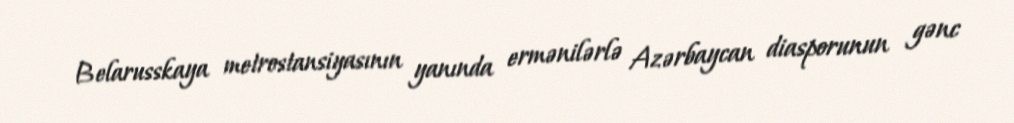
Belarusskaya metrostansiyasının yanında ermənilərlə Azərbaycan diasporunun gənc